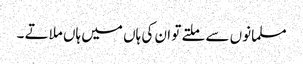
مسلمانوں سے ملتے تو ان کی ہاں میں ہاں ملاتے ۔